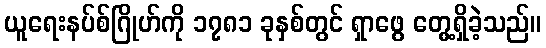
ယူရေးနပ်စ်ဂြိုဟ်ကို ၁၇၈၁ ခုနှစ်တွင် ရှာဖွေ တွေ့ရှိခဲ့သည်။